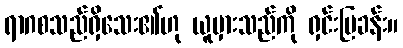
ရာဂစသည်ရှိသေး၏ဟု ယူမှားသည်ကို ရှင်းပြခန်း။